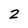
Character: 2